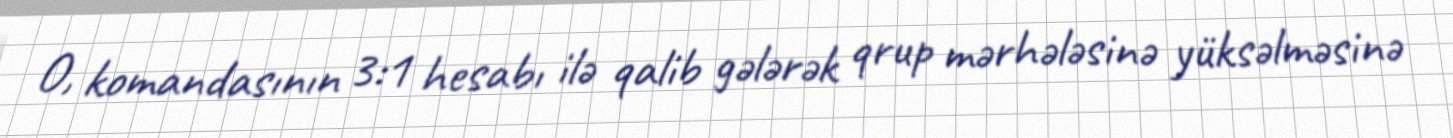
O, komandasının 3:1 hesabı ilə qalib gələrək qrup mərhələsinə yüksəlməsinə